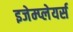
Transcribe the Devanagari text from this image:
इजेम्प्लेयर्स